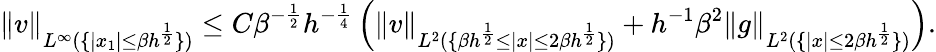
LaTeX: \| v\| _{L^{\infty}(\{ |x_{1}|\leq\beta h^{\frac{1}{2}}\} )}\leq C\beta^{-\frac{1}{2}}h^{-\frac{1}{4}}\left(\| v\| _{L^{2}(\{ \beta h^{\frac{1}{2}}\leq|x|\leq 2\beta h^{\frac{1}{2}}\} )}+h^{-1}\beta^{2}\| g\| _{L^{2}(\{ |x|\leq 2\beta h^{\frac{1}{2}}\} )}\right).